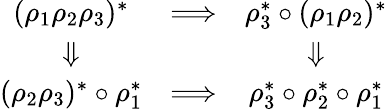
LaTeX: \begin{array}{ccc}{{(\rho_{1}\rho_{2}\rho_{3})^{*}}}&{{\Longrightarrow}}&{{\rho_{3}^{*}\circ(\rho_{1}\rho_{2})^{*}}}\\ {{\Downarrow}}&{{}}&{{\Downarrow}}\\ {{(\rho_{2}\rho_{3})^{*}\circ\rho_{1}^{*}}}&{{\Longrightarrow}}&{{\rho_{3}^{*}\circ\rho_{2}^{*}\circ\rho_{1}^{*}}}\end{array}